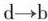
d→b